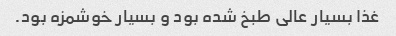
غذا بسیار عالى طبخ شده بود و بسیار خوشمزه بود.